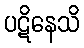
ပဋိနေသိ